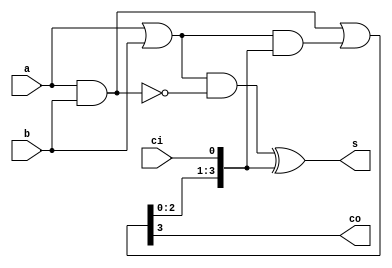
//==================================================================================================
//  Revision      : 
//  Company       : College of Information Science and Electronic Engineering, Zhejiang University
//
//  Description   : 
//
//
//==================================================================================================
module adder_4bits(a,b,ci,s,co);
	input[3:0] a,b;
	input ci;
	output[3:0] s;
	output co;
	wire[3:0] G,P,C;
	assign G=a&b;
	assign P=a|b;
	assign C=G|P&{C[2:0],ci};
	assign s=P&(~G)^{C[2:0],ci};
	assign co=C[3];
endmodule